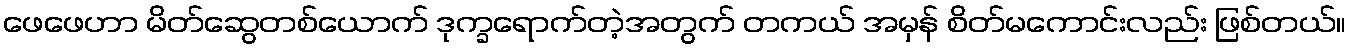
ဖေဖေဟာ မိတ်ဆွေတစ်ယောက် ဒုက္ခရောက်တဲ့အတွက် တကယ် အမှန် စိတ်မကောင်းလည်း ဖြစ်တယ်။